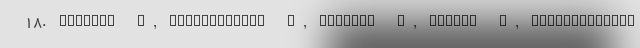
18. Shahabi S, Fazlalizadeh H, Stedman J, Chuang L, Shariftabrizi